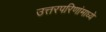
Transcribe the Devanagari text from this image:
उत्तरपरिणांमाध्ये